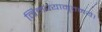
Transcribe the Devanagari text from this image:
निमज्यामृतमये।